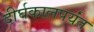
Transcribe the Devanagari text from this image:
दीर्घकालपर्यंत